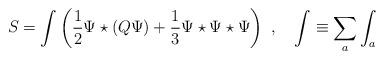
LaTeX: \begin{align*}S=\int \left(\frac{1}{2}\Psi \star(Q \Psi) + \frac{1}{3} \Psi\star\Psi\star\Psi\right)\,\,,\quad\int\equiv \sum_a \int_a\end{align*}